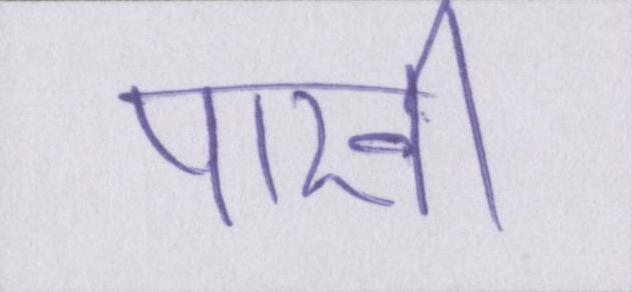
पाखी